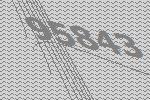
95843